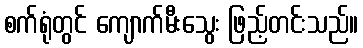
စက်ရုံတွင် ကျောက်မီးသွေး ဖြည့်တင်းသည်။